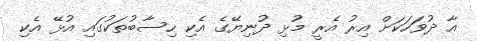
އާ ދުވަހަކަށް އިރު އެރީ މުޅި ދުނިޔޭގެ އެކި ހިސާބުތަކުގައި އުޅޭ އެކި